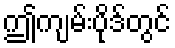
ဤကျမ်းပိုဒ်တွင်